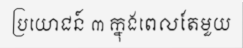
ប្រយោជន៍ ៣ ក្នុងពេលតែមួយ